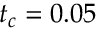
t _ { c } = 0 . 0 5